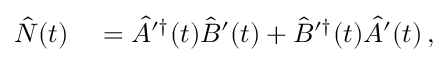
\begin{array} { r l } { \hat { N } ( t ) } & { { } = \hat { A } ^ { \prime \dagger } ( t ) \hat { B } ^ { \prime } ( t ) + \hat { B } ^ { \prime \dagger } ( t ) \hat { A } ^ { \prime } ( t ) \, , } \end{array}